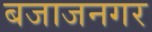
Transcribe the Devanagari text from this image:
बजाजनगर